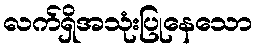
လက်ရှိအသုံးပြုနေသော